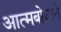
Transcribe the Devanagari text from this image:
आत्मबोधाने